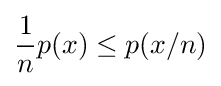
{\frac {1}{n}}p(x)\leq p(x/n)